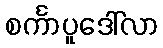
စင်္ကာပူဒေါ်လာ